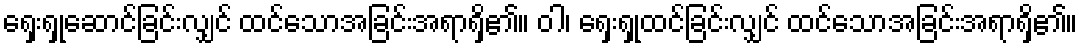
ရှေးရှုဆောင်ခြင်းလျှင် ထင်သောအခြင်းအရာရှိ၏။ ဝါ၊ ရှေးရှုထင်ခြင်းလျှင် ထင်သောအခြင်းအရာရှိ၏။